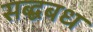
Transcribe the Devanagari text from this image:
सब्द्बबध